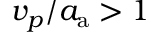
v _ { p } / a _ { \mathrm { a } } > 1